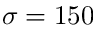
\sigma = 1 5 0